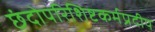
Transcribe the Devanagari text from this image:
छंदोपरिशिष्टकर्मप्रदीप